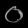
Digit: ၀